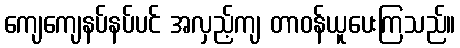
ကျေကျေနပ်နပ်ပင် အလှည့်ကျ တာဝန်ယူပေးကြသည်။